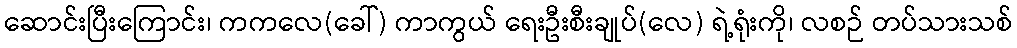
ဆောင်းပြီးကြောင်း၊ ကကလေ(ခေါ်) ကာကွယ် ရေးဦးစီးချုပ်(လေ) ရဲ့ရုံးကို၊ လစဉ် တပ်သားသစ်